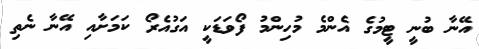
އޭނާ ބުނީ ޓީމުގެ އެންމެ މުހިންމު ފޯވަޑަކީ އަގުއެރޯ ކަމަށާއި އޭނާ ނެތި